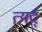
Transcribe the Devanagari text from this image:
त्यद्